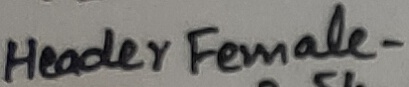
Text: Header Female-